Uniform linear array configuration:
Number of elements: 24
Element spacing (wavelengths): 0.25
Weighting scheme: exponential
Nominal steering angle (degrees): -60
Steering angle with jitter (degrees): -58.79
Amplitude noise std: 0.05
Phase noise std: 0.05

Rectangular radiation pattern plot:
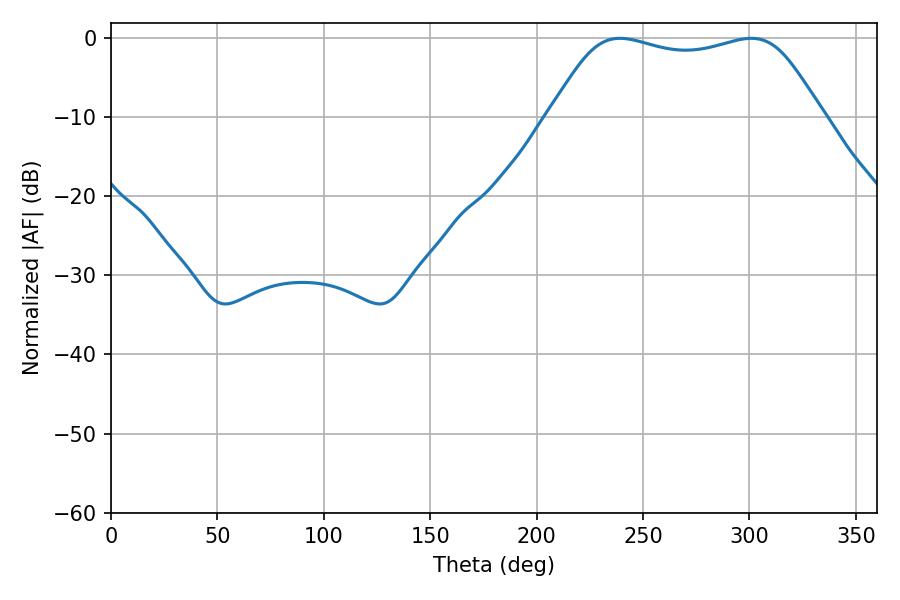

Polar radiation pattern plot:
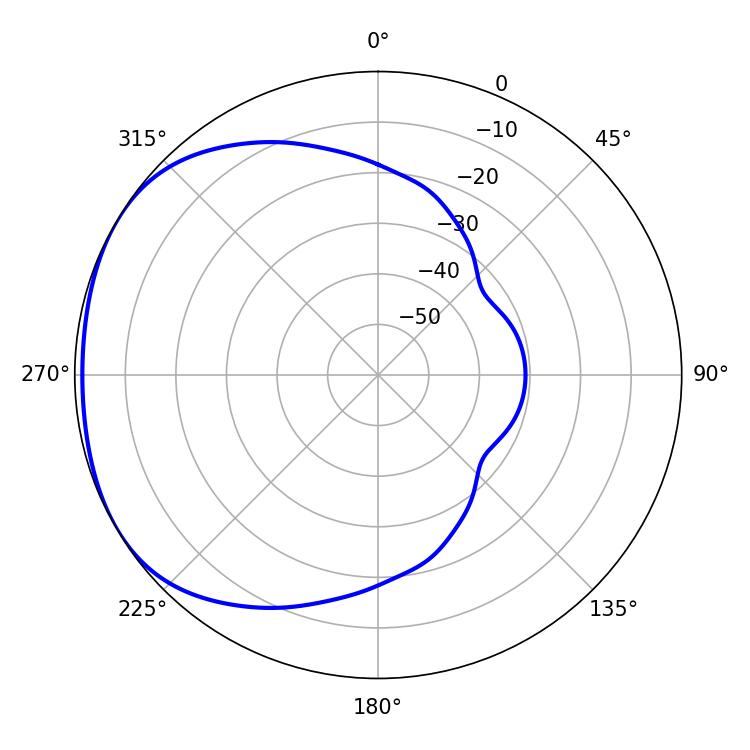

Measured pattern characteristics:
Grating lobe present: FALSE
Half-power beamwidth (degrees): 98.28
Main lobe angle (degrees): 239.22